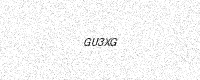
Text: GU3XG